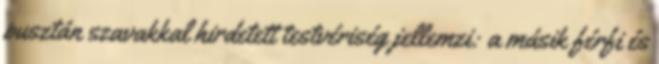
pusztán szavakkal hirdetett testvériség jellemzi: a másik férfi és